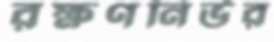
রক্ষণনির্ভর